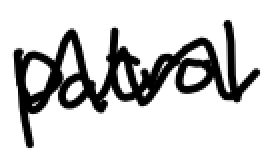
Text: patrol
Cross-out: wave
Writing tool: digital_black